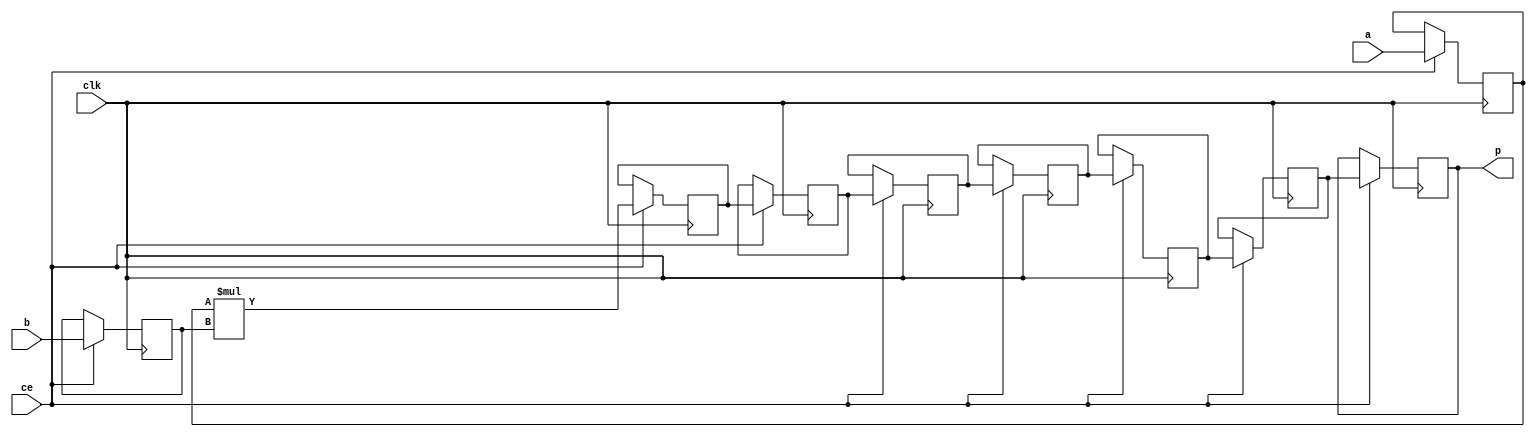
module nfa_accept_samples_generic_hw_mul_16ns_8ns_24_9_MulnS_0(clk, ce, a, b, p);
input clk;
input ce;
input[16 - 1 : 0] a; 
input[8 - 1 : 0] b; 
output[24 - 1 : 0] p;
reg[16 - 1 : 0] a_reg;
reg[8 - 1 : 0] b_reg;
wire [24 - 1 : 0] tmp_product;
reg[24 - 1 : 0] buff0;
reg[24 - 1 : 0] buff1;
reg[24 - 1 : 0] buff2;
reg[24 - 1 : 0] buff3;
reg[24 - 1 : 0] buff4;
reg[24 - 1 : 0] buff5;
reg[24 - 1 : 0] buff6;
assign p = buff6;
assign tmp_product = a_reg * b_reg;
always @ (posedge clk) begin
    if (ce) begin
        a_reg <= a;
        b_reg <= b;
        buff0 <= tmp_product;
        buff1 <= buff0;
        buff2 <= buff1;
        buff3 <= buff2;
        buff4 <= buff3;
        buff5 <= buff4;
        buff6 <= buff5;
    end
end
endmodule